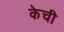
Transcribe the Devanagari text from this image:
केची